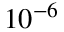
1 0 ^ { - 6 }